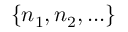
\{ n _ { 1 } , n _ { 2 } , . . . \}